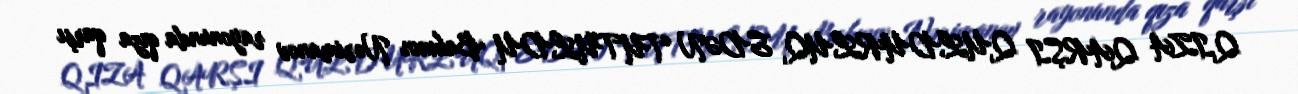
QIZA QARŞI QULDURLUQ EDƏN TUTULDU Bakının Nərimanov rayonunda qıza qarşı